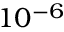
1 0 ^ { - 6 }